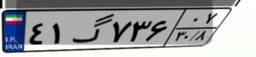
۲۰گ۹۷۴۶۲